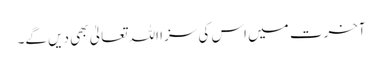
آخرت میں اس کی سزا اللہ تعالیٰ بھی دیں گے۔